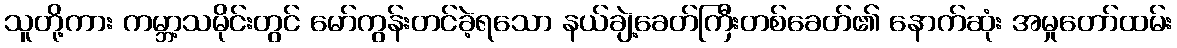
သူတို့ကား ကမ္ဘာ့သမိုင်းတွင် မော်ကွန်းတင်ခဲ့ရသော နယ်ချဲ့ခေတ်ကြီးတစ်ခေတ်၏ နောက်ဆုံး အမှုတော်ထမ်း